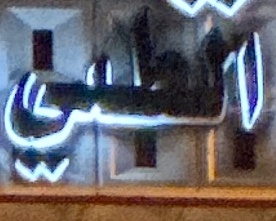
الطبي